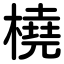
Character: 橈